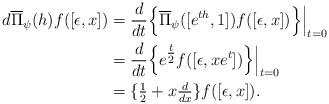
LaTeX: \begin{align*} d\overline{\Pi}_{\psi} (h)f([\epsilon, x])&=\frac{d}{dt}\Big\{ \overline{\Pi}_{\psi}([e^{th}, 1]) f([\epsilon, x])\Big\}\Big|_{t=0} \\ &= \frac{d}{dt}\Big\{e^{\tfrac{t}{2}} f([\epsilon, xe^t])\Big\}\Big|_{t=0}\\&= \{ \tfrac{1}{2}+x \tfrac{d }{dx}\}f([\epsilon, x]). \end{align*}